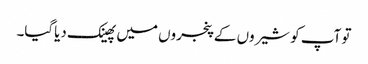
تو آپ کو شیروں کے پنجروں میں پھینک دیاگیا۔